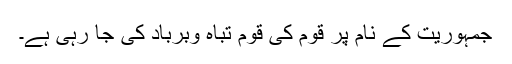
جمہوریت کے نام پر قوم کی قوم تباہ وبرباد کی جا رہی ہے۔